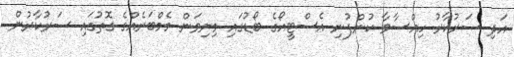
އަދި ސަރުކާރު ހިއްސާވާ ކުންފުނި އެސްޓީއޯގެ ބޯޑުގައި މިނިވަން މެމްބަރެއްގެ ގޮތުގައި ސަރުކާރުން